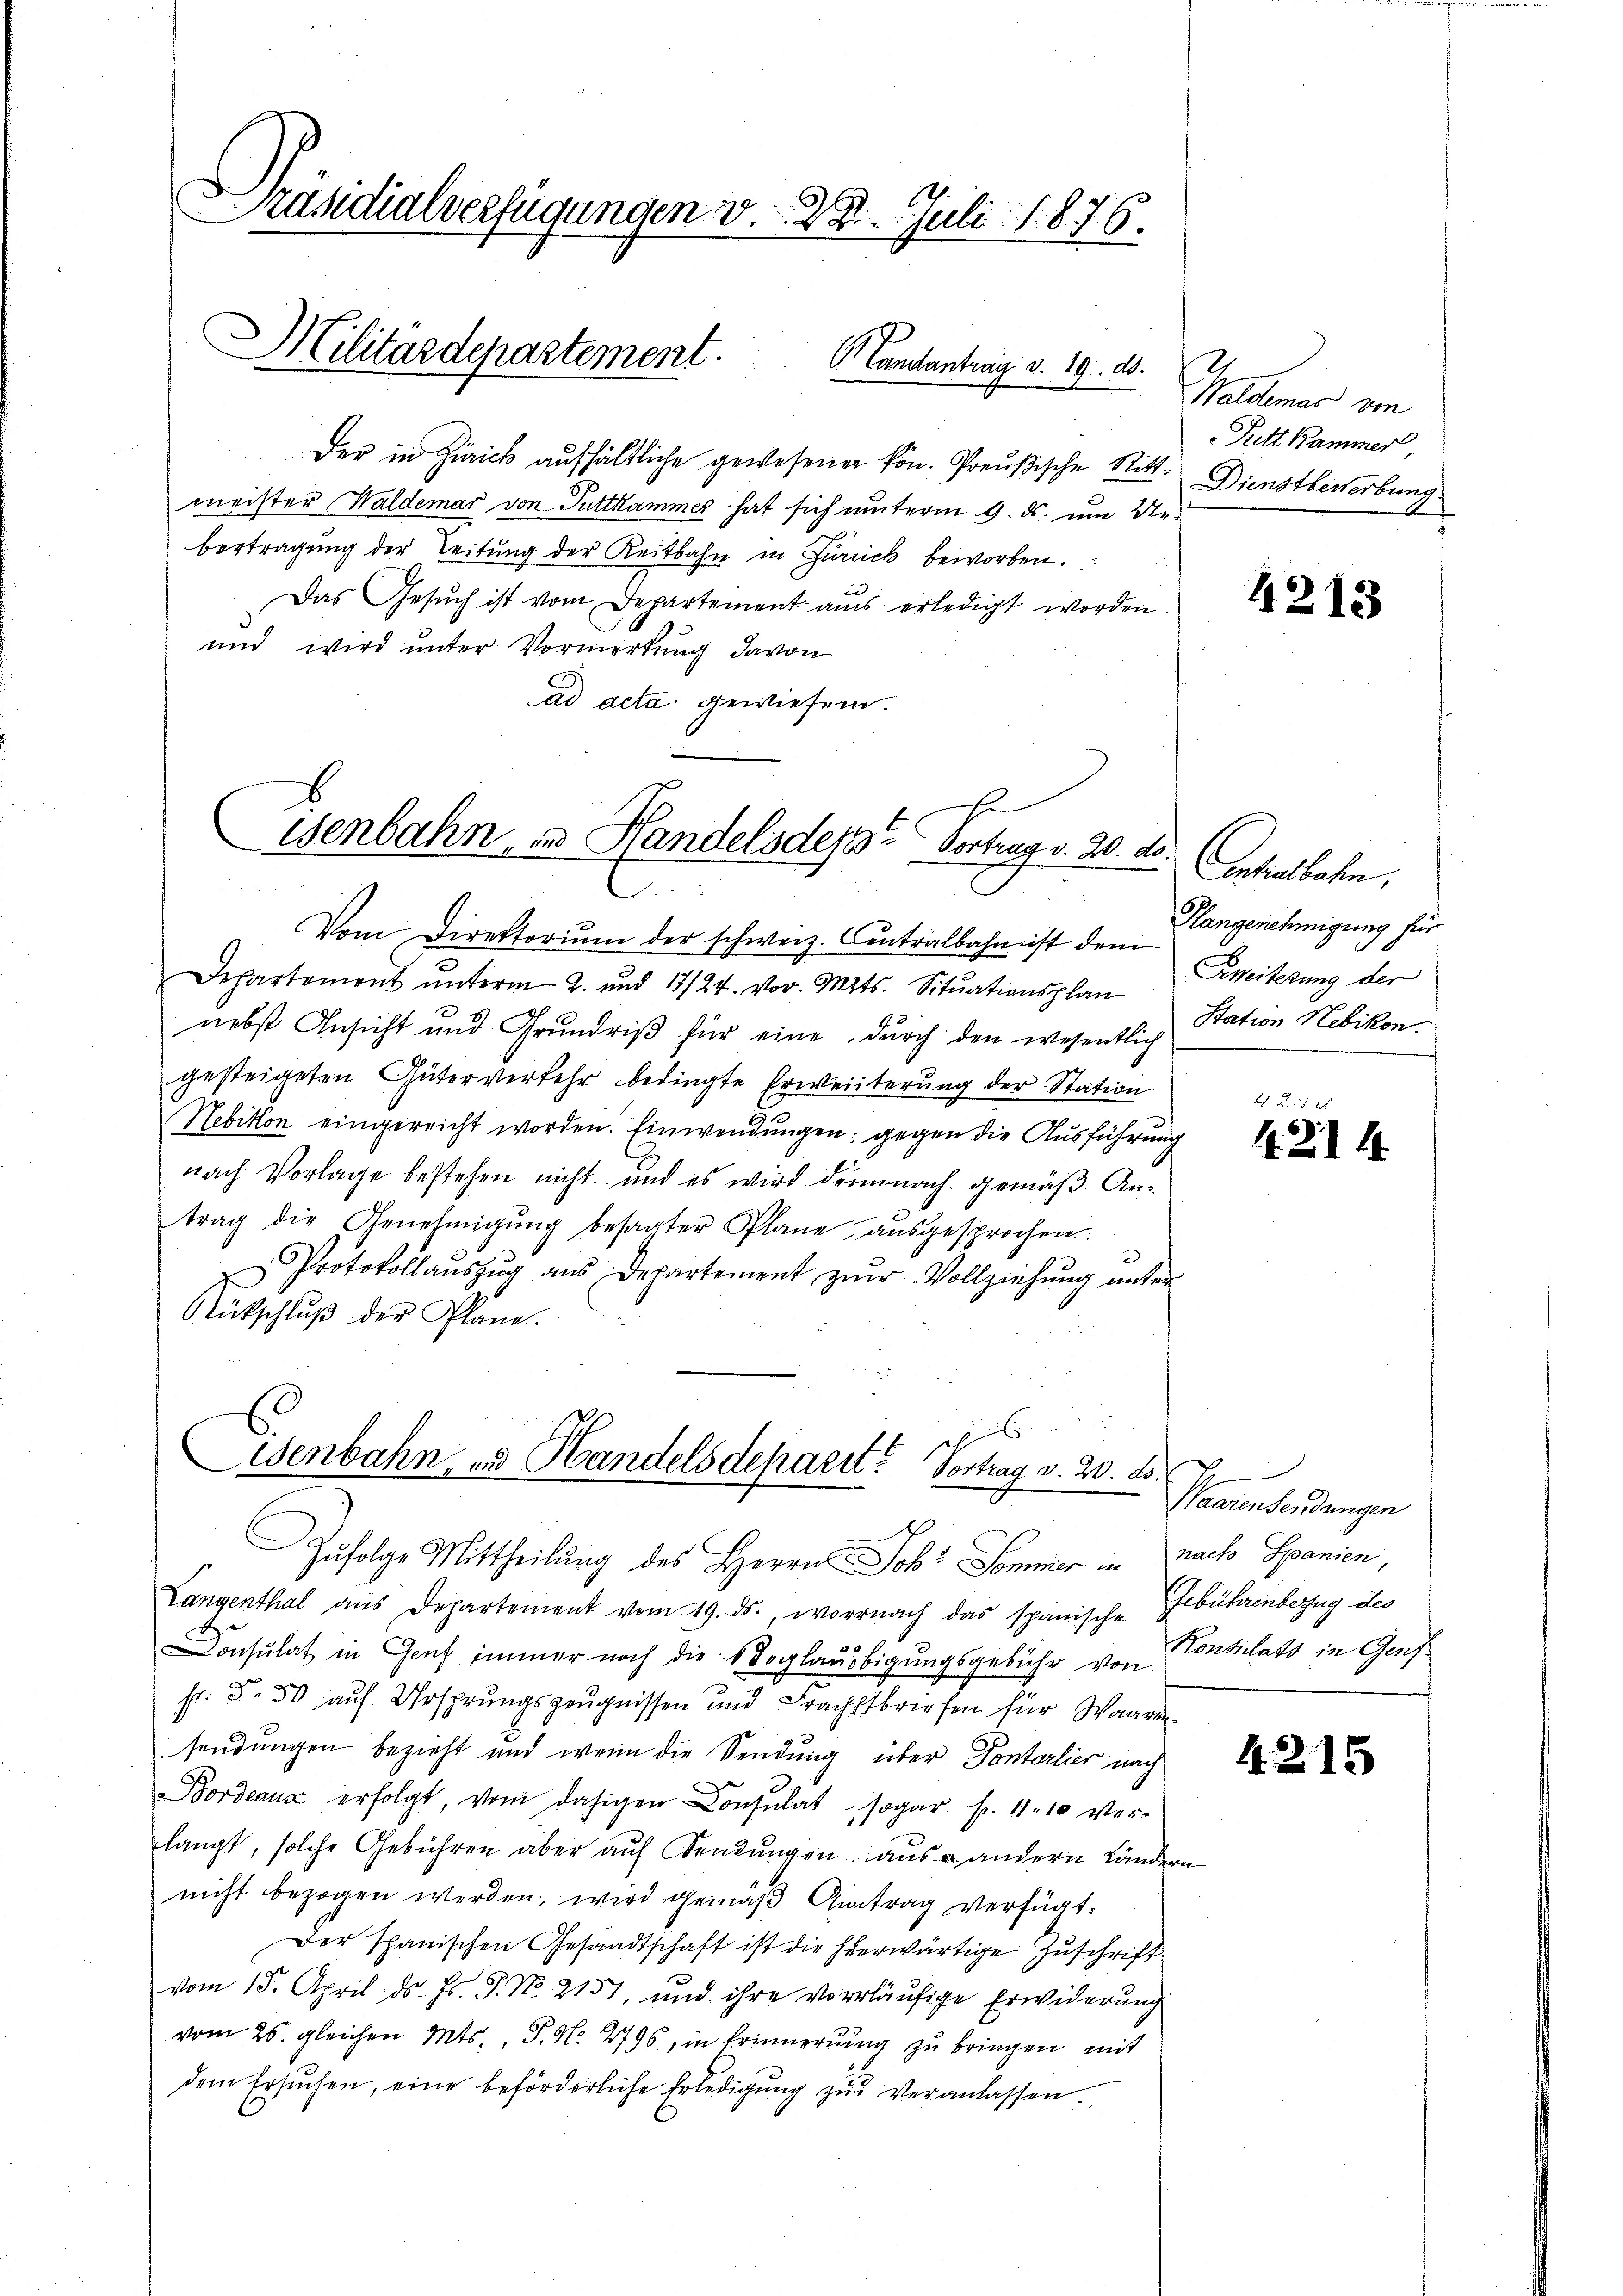
Präsidialverfügungen v. 28. Juli 1876.

Militärdepartement.

Landantrag v. 19. d.

Der in Zürich aufhältliche gewesenen kön. Preußische Ritt. Dienstbewerbung
meister (Waldemar von Tuttkammer hat sich unterm 9. ds. um. Ve
bertragung der Leitung der Reitbahn in Zuriick beworben.
Das Gesŭch ist vom Departement aŭs erledigt worden.
und wird unter Vormerkung davon
ad acta gewiesern.

Genbahn, und Handels des Vortrag v. 20. ds.
x
.

6
Wenbahn, zu Handelsdeparit. Vortrag v. 20. d.
Zufolge Mittheilung des Herrn Joh. Sommer in nach Spanien,

Vom Direktorium der schweiz. Contralbahn ist dem
Departement ŭnterm 2. und 17/24. vor. Mts. Sitŭationsplan Zweiterung der
nebst Ansicht und Grundriβ für eine durch den wesentlich
gesteigeten Güterverkehr bedingte Erweiterung der Station
Nebition eingereicht worden. Einwendungen: gegen die Ausführung
nach Vorlage bestehen nicht und es wird demnach gemäß Antrag die Genehmigŭng besagter Plane aŭsgesprochen.
 Protokollaŭszŭg aŭs Departement zŭr Vollziehŭng ŭnter
Gükschlŭβ der Plane.

2
Waldemas von
Rett kammer

Langenthal aŭs Departement vom 19. ds., wornach das spanische
Consulat in Genf immer noch die deglaubigungsgebühr von
sr. §. 50 auf Ursprungszeugnissen und Frachtbriefen für Waaren
sendungen bezieht und wenn die Sendung über Dontarlier nach
Bordeaux erfolgt, von dasigen Consulat sogar. Fr. 11. 10 ver-
langt, solche Gebühren aber auf Sendungen aus andern Ländern
nicht bezogen werden, wird gemäβ Antrag verfügt:
Der Spanischen Gesandtschaft ist die hierwärtige Zuschrift
vom 15. April ds. Hs. J. No. 2151, und ihre vorläufige Erwiderung
vom 25. gleichen Mts., P. N. 2796, in Erinnerung zu bringen, mit
dem Ersŭchen, eine beförderliche Erledigŭng zŭ veranlassen.

4213

Anhalbahn.
Hangenehmigung für
Station Hebikon.

41 xx
4. 214.

Phammendendungen
Gebührenberzug des
Konsulats in Genf

4215